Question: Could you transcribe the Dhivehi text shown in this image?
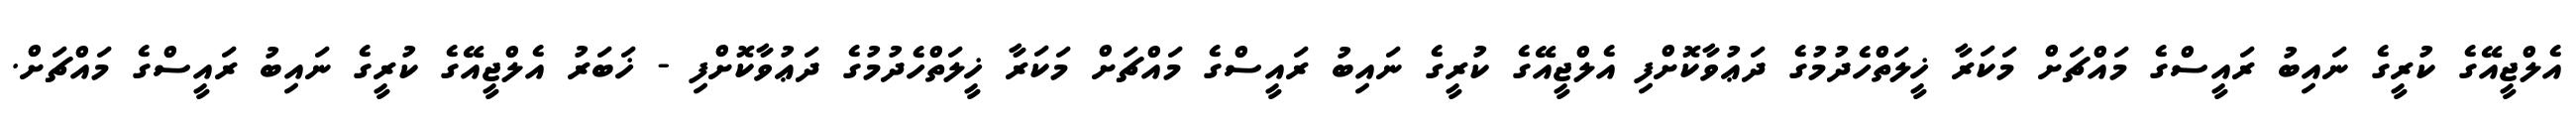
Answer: އެލްޖީއޭގެ ކުރީގެ ނައިބު ރައީސްގެ މައްޗަށް މަކަރާ ޚީލަތްހެދުމުގެ ދަޢުވާކޮށްފި އެލްޖީއޭގެ ކުރީގެ ނައިބު ރައީސްގެ މައްޗަށް މަކަރާ ޚީލަތްހެދުމުގެ ދަޢުވާކޮށްފި - ޚަބަރު އެލްޖީއޭގެ ކުރީގެ ނައިބު ރައީސްގެ މައްޗަށް.